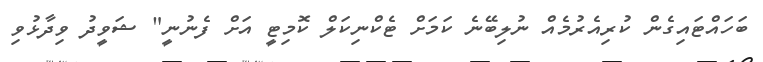
ބަހައްޓައިގެން ކުރިއެރުމެއް ނުލިބޭނެ ކަމަށް ޓެކްނިކަލް ކޮމިޓީ އަށް ފެނުނީ" ޝަވީދު ވިދާޅުވި